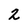
Character: 2